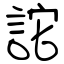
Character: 詑